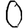
Digit: 0